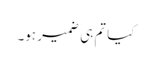
کیا تم ہی ضمیر ہو۔